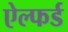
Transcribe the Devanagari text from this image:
ऐल्फर्ड